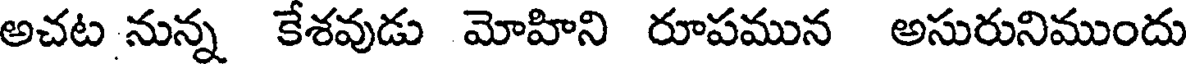
అచట నున్న కేశవుడు మోహిని రూపమున అసురునిముందు